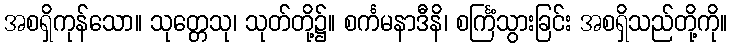
အစရှိကုန်သော။ သုတ္တေသု၊ သုတ်တို့၌။ စင်္ကမနာဒီနိ၊ စင်္ကြံသွားခြင်း အစရှိသည်တို့ကို။